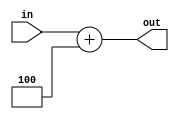
module add_4 (
    input [31:0] in,
    output [31:0] out
);

assign out = in + 4;
endmodule